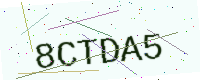
Text: 8CTDA5